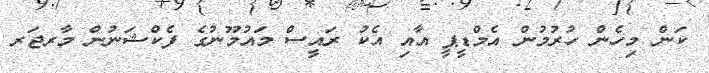
ކަން މިހެން ހުރުމުން އެމްޑީޕީ އާއި އެކު ރައީސް މައުމޫނުގެ ފެކްޝަނުން މާރޖަރ